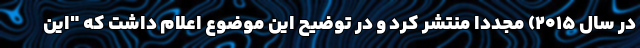
در سال ۲۰۱۵) مجدداً منتشر کرد و در توضیح این موضوع اعلام داشت که "این